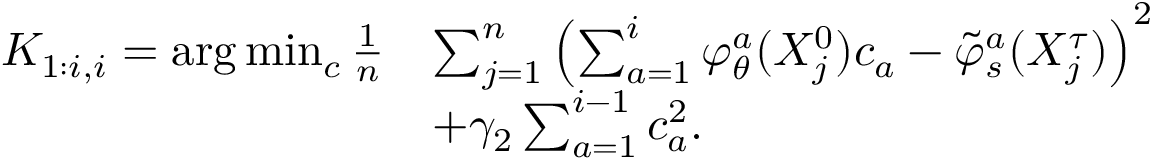
\begin{array} { r l } { K _ { 1 : i , i } = \arg \operatorname* { m i n } _ { c } \frac { 1 } { n } } & { \sum _ { j = 1 } ^ { n } \left( \sum _ { a = 1 } ^ { i } \varphi _ { \theta } ^ { a } ( X _ { j } ^ { 0 } ) c _ { a } - \tilde { \varphi } _ { s } ^ { a } ( X _ { j } ^ { \tau } ) \right) ^ { 2 } } \\ & { + \gamma _ { 2 } \sum _ { a = 1 } ^ { i - 1 } c _ { a } ^ { 2 } . } \end{array}